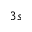
3 s